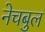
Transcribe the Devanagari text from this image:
नेचबुल